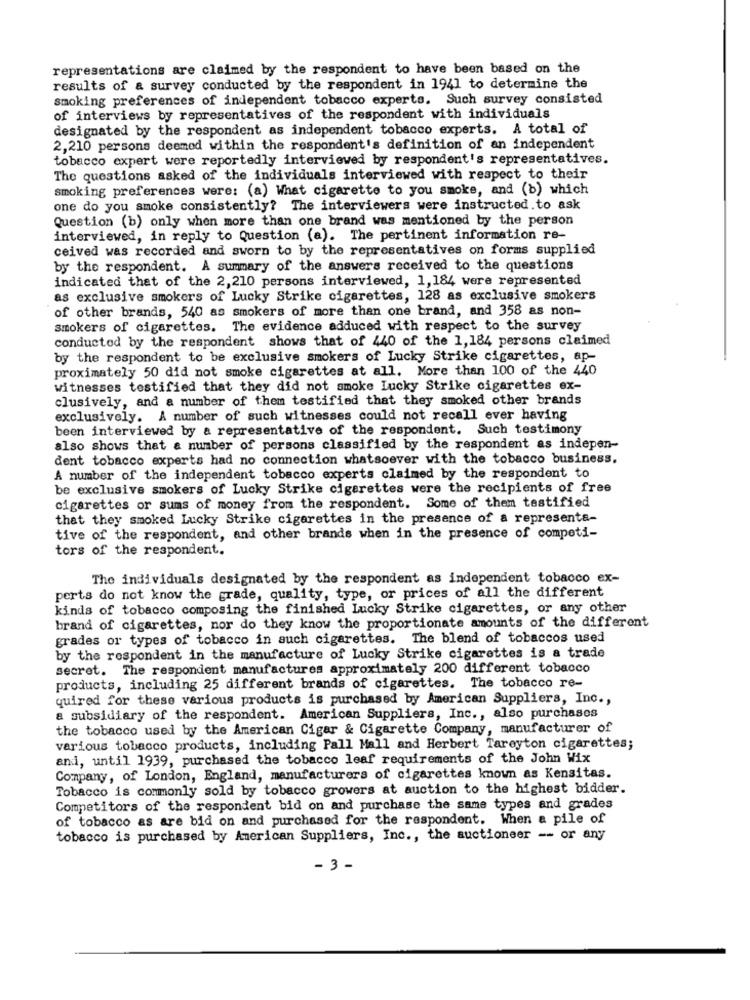
representations are claimed by the respondent to have been based on the
results of a survey conducted by the respondent in 1941 to determine the
smoking preferences of independent tobacco experts. Such survey consisted
of interviews by representatives of the respondent with individuals
designated by the respondent as independent tobacco experts. A total of
2,210 persons deemed within the respondent's definition of an independent
tobacco expert were reportedly interviewed by respondent's representatives.
The questions asked of the individuals interviewed with respect to their
smoking preferences were: (a) What cigarette to you smoke, and (b) which
one do you smoke consistently? The interviewers were instructed.to ask
Question (b) only when more than one brand was mentioned by the person
interviewed, in reply to Question (a). The pertinent information re-
ceived was recorded and sworn to by the representatives on forms supplied
by the respondent. A summary of the answers received to the questions
indicated that of the 2,210 persons interviewed, 1, 184 were represented
as exclusive smokers of Lucky Strike cigarettes, 128 as exclusive smokers
of other brands, 540 as smokers of more than one brand, and 358 as non-
smokers of cigarettes. The evidence adduced with respect to the survey
conducted by the respondent shows that of 440 of the 1,184 persons claimed
by the respondent to be exclusive smokers of Lucky Strike cigarettes, ap-
proximately 50 did not smoke cigarettes at all. More than 100 of the 440
witnesses testified that they did not smoke Lucky Strike cigarettes ex-
clusively, and a number of them testified that they smoked other brands
exclusively. A number of such witnesses could not recall ever having
been interviewed by a representative of the respondent. Such testimony
also shows that a number of persons classified by the respondent as indepen-
dent tobacco experts had no connection whatsoever with the tobacco business.
A number of the independent tobacco experts claimed by the respondent to
be exclusive smokers of Lucky Strike cigarettes were the recipients of free
cigarettes or sums of money from the respondent. Some of them testified
that they smoked Lucky Strike cigarettes in the presence of a representa-
tive of the respondent, and other brands when in the presence of competi-
tors of the respondent.
The individuals designated by the respondent as independent tobacco ex-
perts do not know the grade, quality, type, or prices of all the different
kinds of tobacco composing the finished Lucky Strike cigarettes, or any other
brand of cigarettes, nor do they know the proportionate amounts of the different
grades or types of tobacco in such cigarettes. The blend of tobaccos used
by the respondent in the manufacture of Lucky Strike cigarettes is a trade
secret. The respondent manufactures approximately 200 different tobacco
products, including 25 different brands of cigarettes. The tobacco re-
quired for these various products is purchased by American Suppliers, Inc .,
a subsidiary of the respondent. American Suppliers, Inc ., also purchases
the tobacco used by the American Cigar & Cigarette Company, manufacturer of
various tobacco products, including Pall Mall and Herbert Tareyton cigarettes;
and, until 1939, purchased the tobacco leaf requirements of the John Wix
Company, of London, England, manufacturers of cigarettes known as Kensitas.
Tobacco is commonly sold by tobacco growers at auction to the highest bidder.
Competitors of the respondent bid on and purchase the same types and grades
of tobacco as are bid on and purchased for the respondent. When a pile of
tobacco is purchased by American Suppliers, Inc ., the auctioneer -- or any
- 3 -